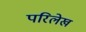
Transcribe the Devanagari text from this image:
परिलेख